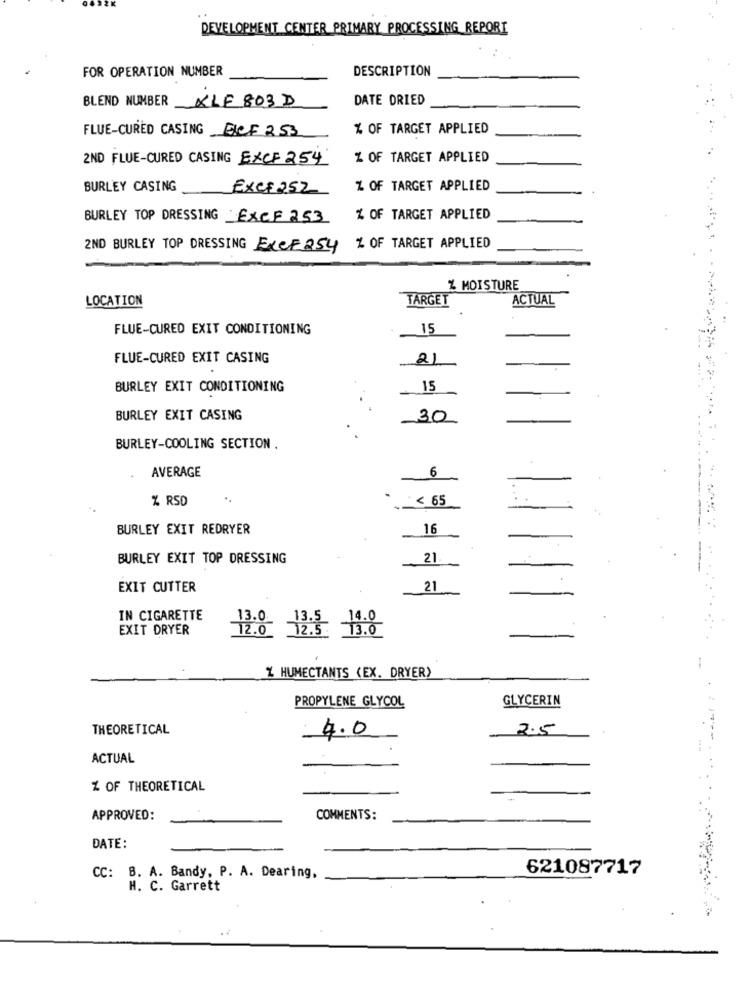
DEVELOPMENT CENTER PRIMARY PROCESSING_REPORT
FOR OPERATION NUMBER
DESCRIPTION
BLEND NUMBER KLF 803D
DATE DRIED
FLUE-CURED CASING EICF 253
% OF TARGET APPLIED
2ND FLUE-CURED CASING EXCF 254
% OF TARGET APPLIED
BURLEY CASING
ExCF 252
% OF TARGET APPLIED
BURLEY TOP DRESSING EXCF 253
% OF TARGET APPLIED
2ND BURLEY TOP DRESSING ExCF254
% OF TARGET APPLIED
Z MOISTURE
LOCATION
TARGET
ACTUAL
FLUE-CURED EXIT CONDITIONING
15
FLUE-CURED EXIT CASING
2
BURLEY EXIT CONDITIONING
15
BURLEY EXIT CASING
30
BURLEY-COOLING SECTION
AVERAGE
6
% RSD
< 65
BURLEY EXIT REDRYER
16
BURLEY EXIT TOP DRESSING
21
EXIT CUTTER
21
IN CIGARETTE
EXIT DRYER
12.0 12.5 13.0
Z HUMECTANTS (EX. DRYER)
PROPYLENE GLYCOL
GLYCERIN
THEORETICAL
4.0
2.5
ACTUAL
Z OF THEORETICAL
APPROVED:
COMMENTS:
DATE:
621087717
CC: B. A. Bandy, P. A. Dearing,
H. C. Garrett